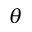
\theta